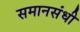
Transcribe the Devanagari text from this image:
समानसंधी